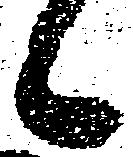
々